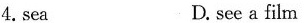
4.sea D. see a film